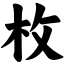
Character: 枚